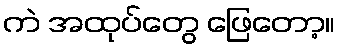
ကဲ အထုပ်တွေ ဖြေတော့။